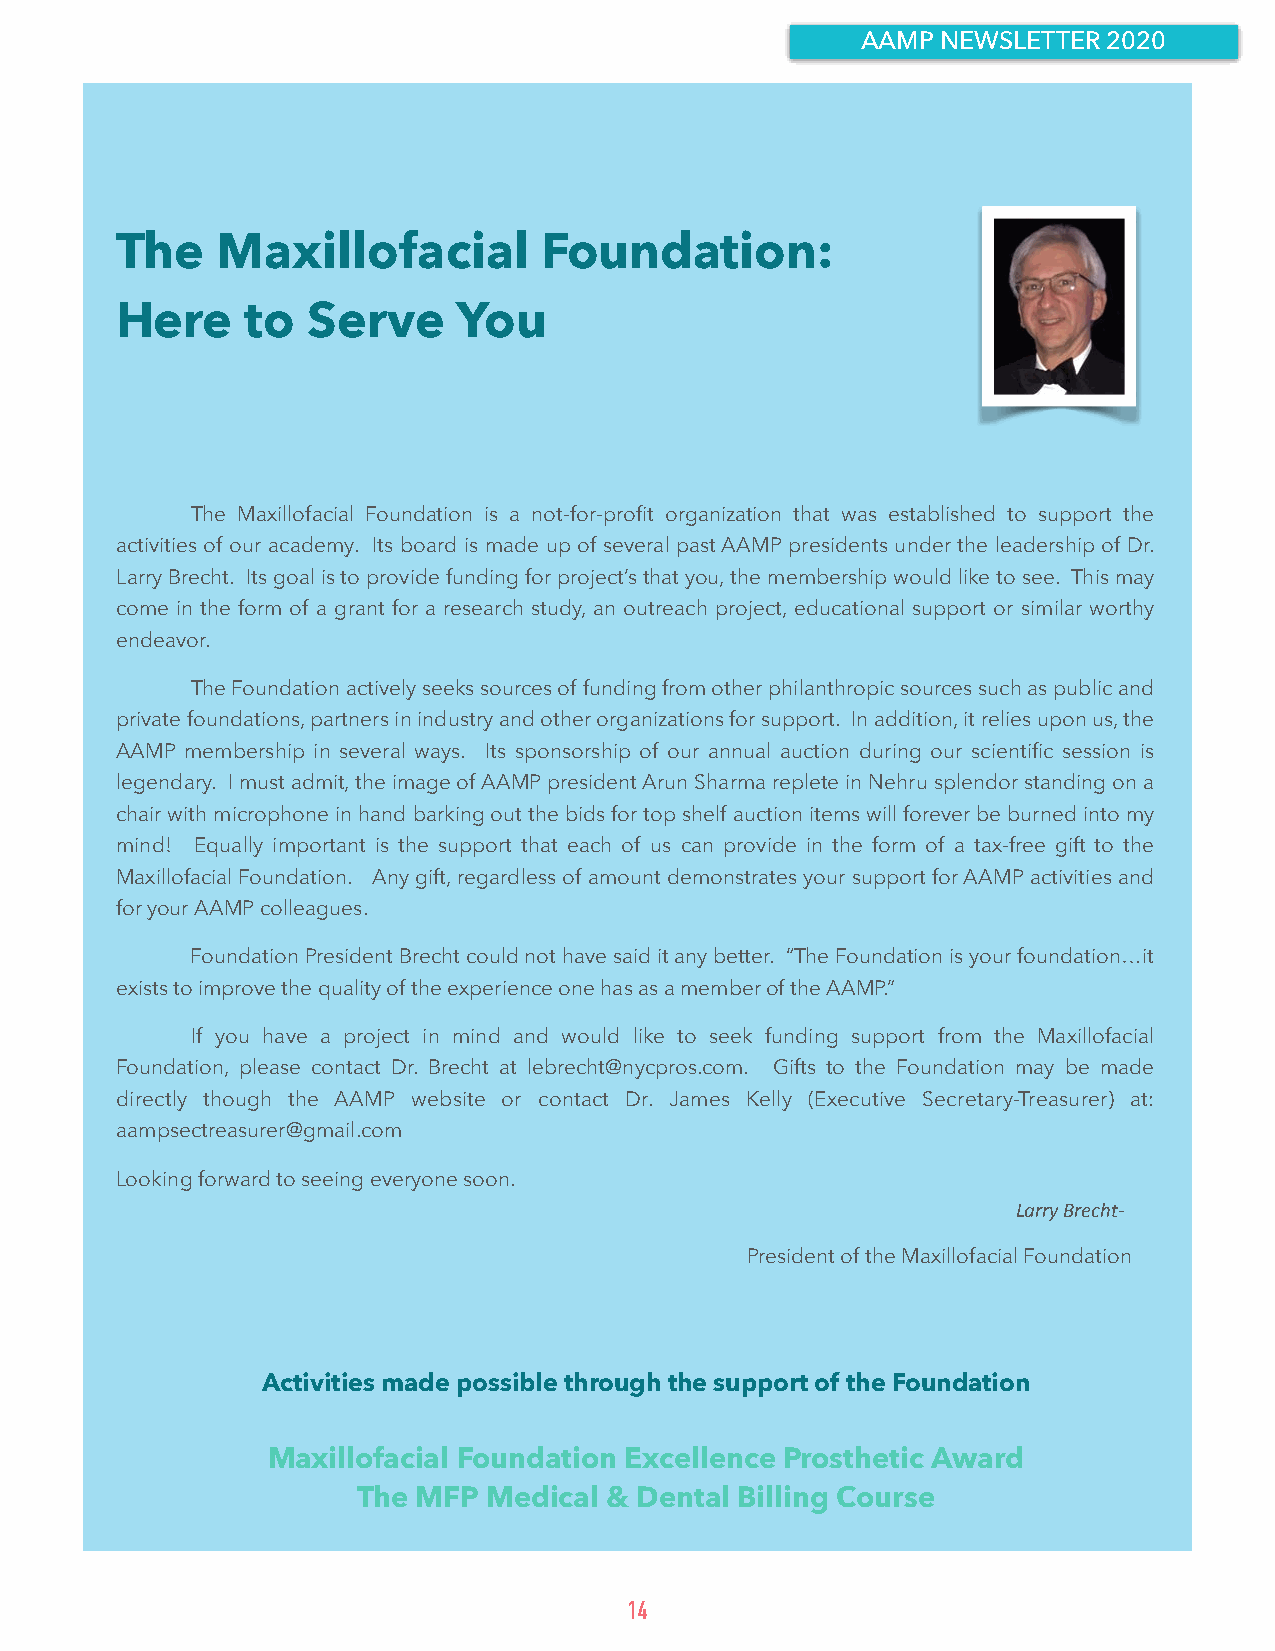
AAMP NEWSLETTER 2020
 The   Maxillofacial         Foundation:
 Here    to  Serve     You
 The Maxillofacial Foundation is a not-for-profit organization that was established to support the
 activities of our academy. Its board is made up of several past AAMP presidents under the leadership of Dr.
 Larry Brecht. Its goal is to provide funding for project’s that you, the membership would like to see. This may
 come in the form of a grant for a research study, an outreach project, educational support or similar worthy
 endeavor.
 The Foundation actively seeks sources of funding from other philanthropic sources such as public and
 private foundations, partners in industry and other organizations for support. In addition, it relies upon us, the
 AAMP membership in several ways. Its sponsorship of our annual auction during our scientific session is
 legendary. I must admit, the image of AAMP president Arun Sharma replete in Nehru splendor standing on a
 chair with microphone in hand barking out the bids for top shelf auction items will forever be burned into my
 mind! Equally important is the support that each of us can provide in the form of a tax-free gift to the
 Maxillofacial Foundation. Any gift, regardless of amount demonstrates your support for AAMP activities and
 for your AAMP colleagues.
 Foundation President Brecht could not have said it any better. “The Foundation is your foundation…it
 exists to improve the quality of the experience one has as a member of the AAMP.”
 If you have a project in mind and would like to seek funding support from the Maxillofacial
 Foundation, please contact Dr. Brecht at lebrecht@nycpros.com. Gifts to the Foundation may be made
 directly though the AAMP website or contact Dr. James Kelly (Executive Secretary-Treasurer) at:
 aampsectreasurer@gmail.com
 Looking forward to seeing everyone soon.
 Larry Brecht-
 President of the Maxillofacial Foundation
 Activities made possible through the support of the Foundation
 Maxillofacial Foundation Excellence Prosthetic Award
 The MFP Medical & Dental Billing Course
 14